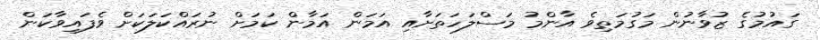
ގައުމުގެ ޒުވާނުން މަގުމަތިވެ އާންމު މަސްލަހަތަށާއި އަމަން އަމާން ކަމަށް ނުރައްކަލަކަށް ވެފައިވާކަން